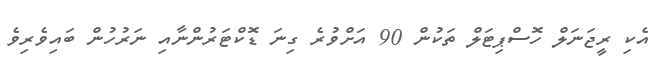
އެކި ރީޖަނަލް ހޮސްޕިޓަލް ތަކުން 90 އަށްވުރެ ގިނަ ޑޮކްޓަރުންނާއި ނަރުހުން ބައިވެރިވެ